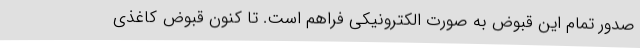
صدور تمام این قبوض به صورت الکترونیکی فراهم است. تا کنون قبوض کاغذی